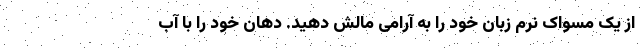
از یک مسواک نرم زبان خود را به آرامی مالش دهید. دهان خود را با آب